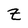
Character: z